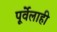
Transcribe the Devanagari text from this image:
पूर्वेलाही